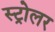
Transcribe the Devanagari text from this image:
स्ट्रोलर